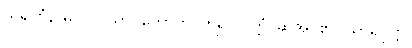
သရဏံနာမ၊ လ၊ သာဝကောတိ၊ ဟူ၍။ ဝုတ္တံ၊ ဆိုအပ်၏။ သာရိပုတ္တ၊